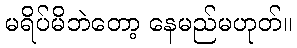
မရိပ်မိဘဲတော့ နေမည်မဟုတ်။